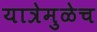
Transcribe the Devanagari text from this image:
यात्रेमुळेच